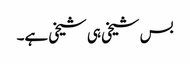
بس شیخی ہی شیخی ہے۔